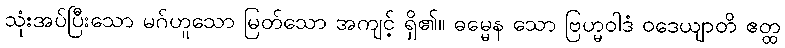
သုံးအပ်ပြီးသော မဂ်ဟူသော မြတ်သော အကျင့် ရှိ၏။ ဓမ္မေန သော ဗြဟ္မဝါဒံ ဝဒေယျာတိ ဧတ္ထ